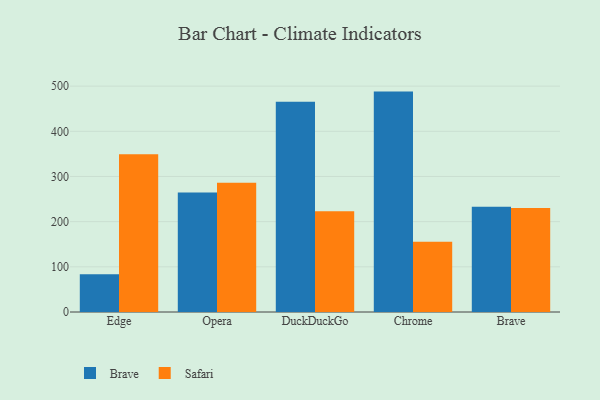
{"axis": {"x": "Browser", "y": "Production Output"}, "legend": ["Brave", "Safari"], "data": [{"x": "Edge", "y": 83.6, "type": "Brave"}, {"x": "Edge", "y": 349.4, "type": "Safari"}, {"x": "Opera", "y": 264.6, "type": "Brave"}, {"x": "Opera", "y": 286.0, "type": "Safari"}, {"x": "DuckDuckGo", "y": 465.7, "type": "Brave"}, {"x": "DuckDuckGo", "y": 223.0, "type": "Safari"}, {"x": "Chrome", "y": 487.9, "type": "Brave"}, {"x": "Chrome", "y": 155.7, "type": "Safari"}, {"x": "Brave", "y": 232.9, "type": "Brave"}, {"x": "Brave", "y": 230.5, "type": "Safari"}]}